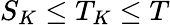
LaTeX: S_{K}\leq T_{K}\leq T